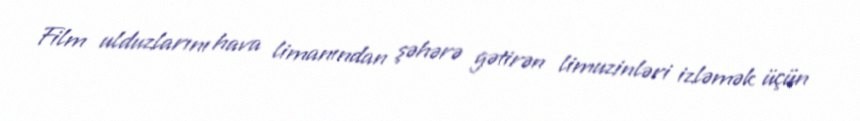
Film ulduzlarını hava limanından şəhərə gətirən limuzinləri izləmək üçün